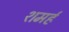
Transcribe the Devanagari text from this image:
शमर्ह